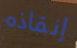
إنقاذه